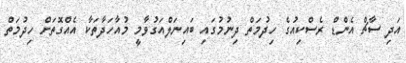
އަދި ސާޗް އެންޑް ރެސްކިއުގެ ހިދުމަތް ދިނުމުގައި ބައިނަލްއަގުވާމީ މުއާހަދާތަކާ އެއްގޮތަށް ހިދުމަތް